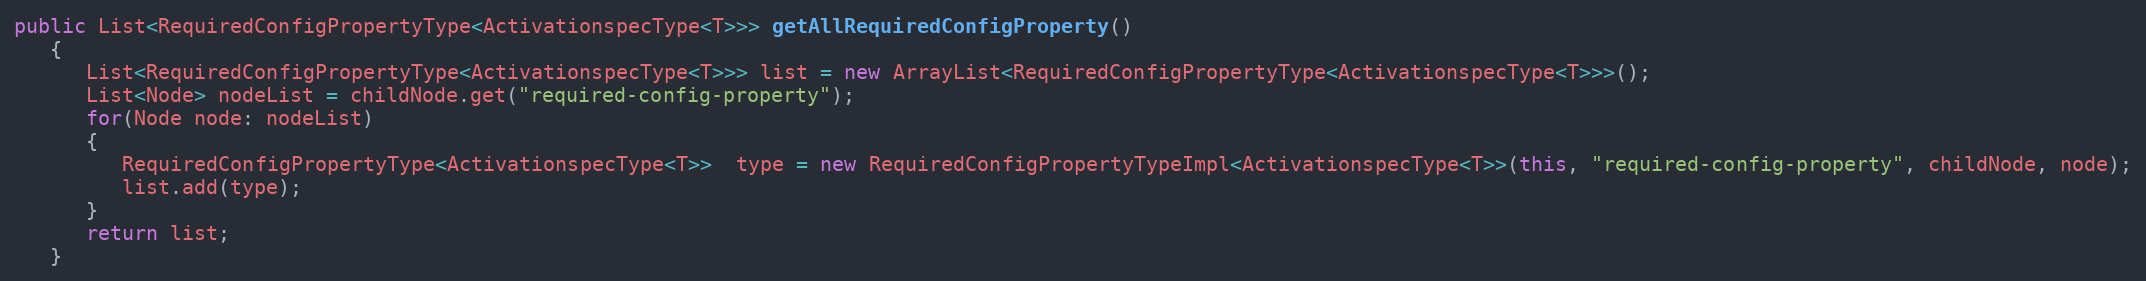
Language: Java
public List<RequiredConfigPropertyType<ActivationspecType<T>>> getAllRequiredConfigProperty()
   {
      List<RequiredConfigPropertyType<ActivationspecType<T>>> list = new ArrayList<RequiredConfigPropertyType<ActivationspecType<T>>>();
      List<Node> nodeList = childNode.get("required-config-property");
      for(Node node: nodeList)
      {
         RequiredConfigPropertyType<ActivationspecType<T>>  type = new RequiredConfigPropertyTypeImpl<ActivationspecType<T>>(this, "required-config-property", childNode, node);
         list.add(type);
      }
      return list;
   }